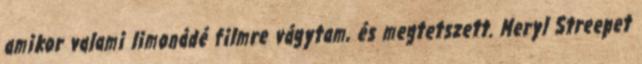
amikor valami limonádé filmre vágytam, és megtetszett. Meryl Streepet